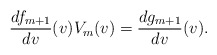
\begin{align*} \frac{df_{m+1}}{dv}(v)V_m(v)=\frac{dg_{m+1}}{dv}(v). \end{align*}